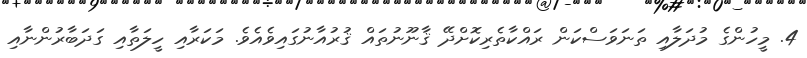
4. މީހުންގެ މުދަލާއި ތަނަވަސްކަން ރައްކާތެރިކޮށްދޭ ޤާނޫނުތައް ޤުރުއާނުގައިވެއެވެ. މަކަރާއި ހީލަތާއި ގަދަބާރުންނާއި